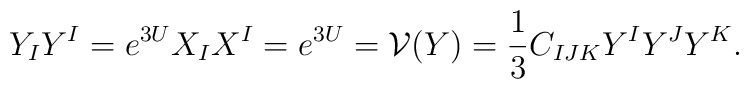
Y_IY^I=e^{3U}X_IX^I=e^{3U}=\mathcal{V}(Y)=\frac13C_{IJK}Y^IY^JY^K.